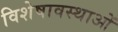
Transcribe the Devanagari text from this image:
विशेषावस्थाओं